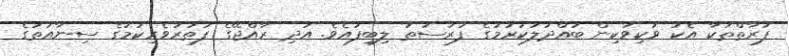
ފަރާތްތަކާ އެކު ވަކިވަކިން ބައްދަލުކުރުމުގެ ފުރުސަތު ލިބިފައެވެ. އަދި ރާއްޖޭގެ ފަތުރުވެރިކަމުގެ ސިނާއަތުގެ